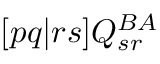
[ p q | r s ] Q _ { s r } ^ { B A }